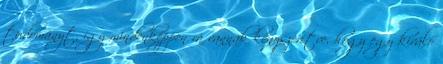
tudományt, így mindenképpen rá vannak kényszerítve, hogy egy kiváló